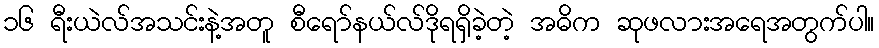
၁၆ ရီးယဲလ်အသင်းနဲ့အတူ စီရော်နယ်လ်ဒိုရရှိခဲ့တဲ့ အဓိက ဆုဖလားအရေအတွက်ပါ။